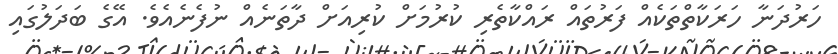
ހަރުދަނާ ހަރަކާތްތަކެއް ފަރުތައް ރައްކާތެރި ކުރުމަށް ކުރިއަށް ދާތަނެއް ނުފެނެއެވެ. އޭގެ ބަދަލުގައި